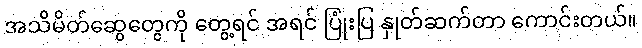
အသိမိတ်ဆွေတွေကို တွေ့ရင် အရင် ပြုံးပြ နှုတ်ဆက်တာ ကောင်းတယ်။